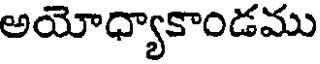
అయోధ్యాకాండము